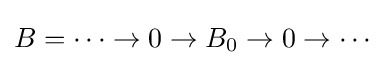
B=\dots \to 0\to B_{0}\to 0\to \cdots